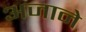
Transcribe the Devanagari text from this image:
अजाने